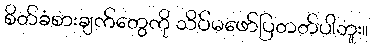
စိတ်ခံစားချက်တွေကို သိပ်မဖော်ပြတတ်ပါဘူး။